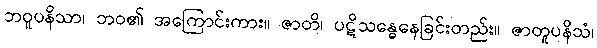
ဘဝူပနိသာ၊ ဘဝ၏ အကြောင်းကား။ ဇာတိ၊ ပဋိသန္ဓေနေခြင်းတည်း။ ဇာတူပနိသံ၊